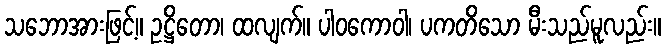
သဘောအားဖြင့်။ ဥဋ္ဌိတော၊ ထလျက်။ ပါဝကောဝါ၊ ပကတိသော မီးသည်မူလည်း။